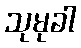
သုမုခါ